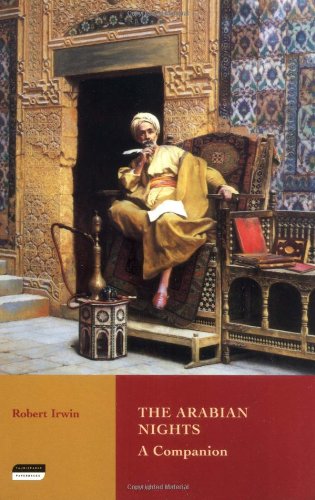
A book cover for The Arabian Nights: A Companion; Robert Irwin; Literature & Fiction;